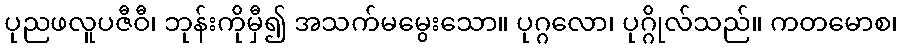
ပုညဖလူပဇီဝီ၊ ဘုန်းကိုမှီ၍ အသက်မမွေးသော။ ပုဂ္ဂလော၊ ပုဂ္ဂိုလ်သည်။ ကတမောစ၊